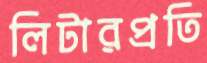
লিটারপ্রতি